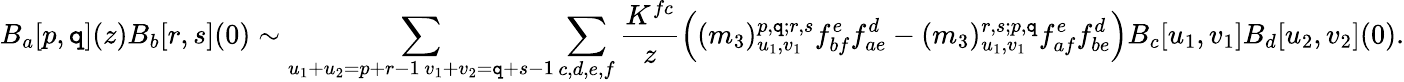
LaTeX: B_{a}[p,\mathtt{q}](z)B_{b}[r,s](0)\sim\sum_{\substack{u_{1}+u_{2}=p+r-1\, v_{1}+v_{2}=\mathtt{q}+s-1}}\sum_{c,d,e,f}\frac{{K^{fc}}}{{z}}\left((m_{3})_{u_{1},v_{1}}^{p,\mathtt{q};r,s}f_{bf}^{e}f_{ae}^{d}-(m_{3})_{u_{1},v_{1}}^{r,s;p,\mathtt{q}}f_{af}^{e}f_{be}^{d}\right)B_{c}[u_{1},v_{1}]B_{d}[u_{2},v_{2}](0).